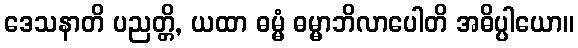
ဒေသနာတိ ပညတ္တိ, ယထာ ဓမ္မံ ဓမ္မာဘိလာပေါတိ အဓိပ္ပါယော။